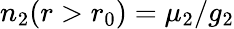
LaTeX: n_{2}(r>r_{0})=\mu_{2}/g_{2}